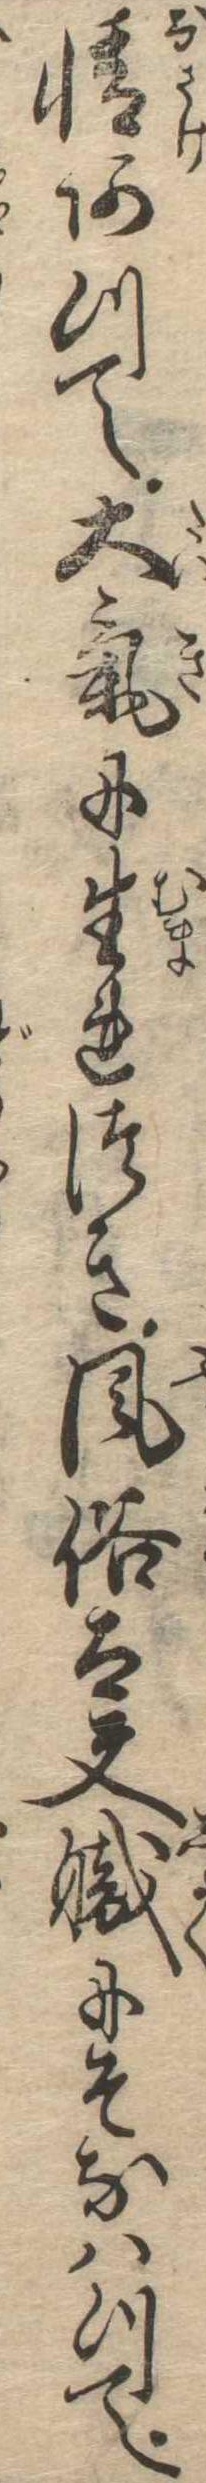
情あつて大気に生れつき風俗太夫職にそなはつて